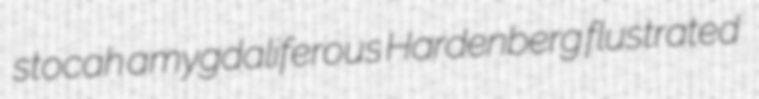
stocah amygdaliferous Hardenberg flustrated